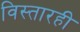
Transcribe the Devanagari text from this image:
विस्तारही